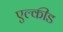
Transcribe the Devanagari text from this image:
एल्कीड